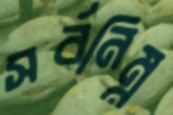
সর্বনিম্ন